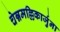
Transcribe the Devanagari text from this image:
चेन्नमल्लिकार्जुना